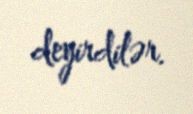
deyirdilər.